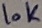
Text: 10K